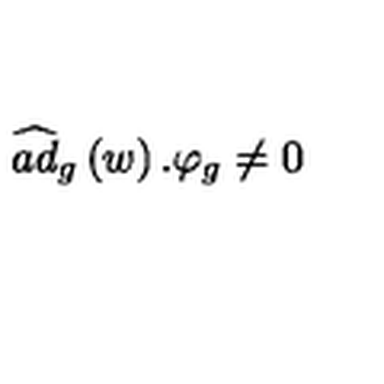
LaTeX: \widehat { a d } _ { g } \left( w \right) . \varphi _ { g } \neq 0